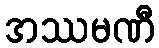
အဿမဏီ